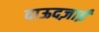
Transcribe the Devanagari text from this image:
दाऊदज़ाई